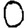
Digit: 0